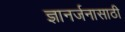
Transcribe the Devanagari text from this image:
ज्ञानर्जनासाठी